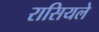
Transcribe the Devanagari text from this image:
रासियले